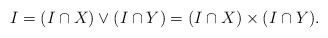
\begin{align*}I=(I\cap X)\vee(I\cap Y)=(I\cap X)\times(I\cap Y).\end{align*}